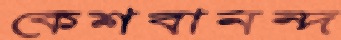
কেশবানন্দ